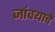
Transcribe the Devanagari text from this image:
जांवयाचे